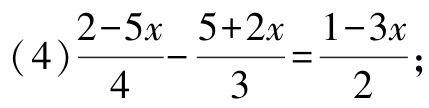
\((4)\frac{2 - 5x}{4}-\frac{5 + 2x}{3}=\frac{1 - 3x}{2};\)